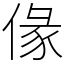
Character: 㑰